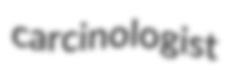
carcinologist